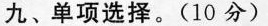
九、单项选择.(10 分)